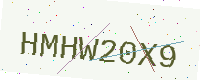
Text: HMHW20X9